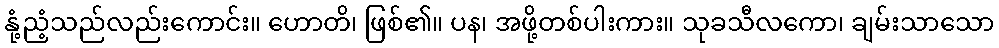
နုံ့ညံ့သည်လည်းကောင်း။ ဟောတိ၊ ဖြစ်၏။ ပန၊ အဖို့တစ်ပါးကား။ သုခသီလကော၊ ချမ်းသာသော